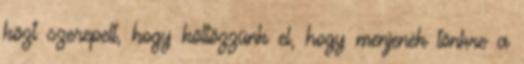
közt szerepelt, hogy költözzünk el, hogy menjenek tönkre a